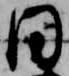
日